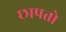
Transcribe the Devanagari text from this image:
छापतो